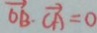
\overrightarrow { O B } \cdot \overrightarrow { C A } = 0